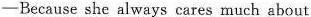
- Because she always cares much about